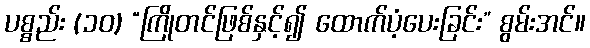
ပစ္စည်း (၁၀) “ကြိုတင်ဖြစ်နှင့်၍ ထောက်ပံ့ပေးခြင်း” စွမ်းအင်။